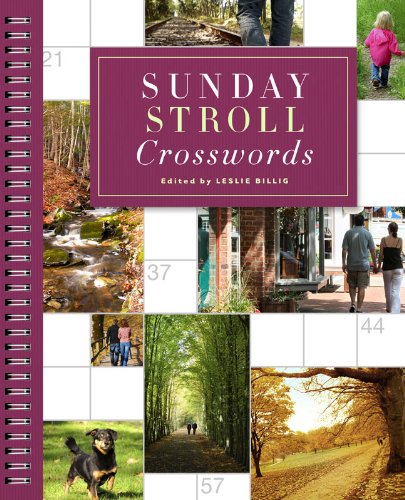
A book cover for Sunday Stroll Crosswords; Humor & Entertainment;